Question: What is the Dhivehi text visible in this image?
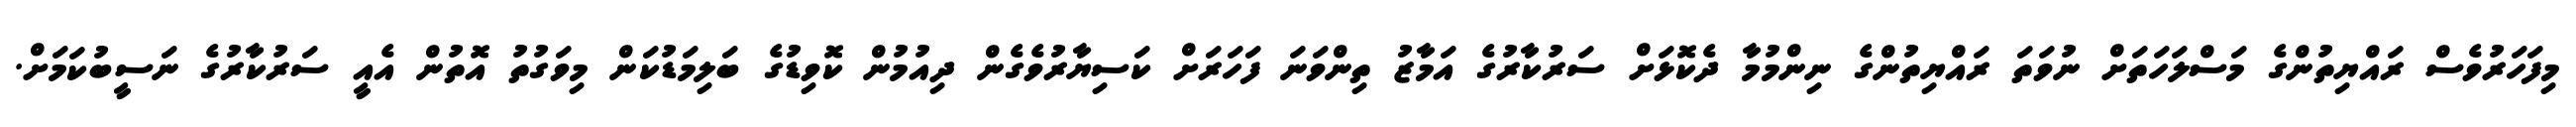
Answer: މިފަހަރުވެސް ރައްޔިތުންގެ މަސްލަހަތަށް ނުވަތަ ރައްޔިތުންގެ ނިންމުމާ ދެކޮޅަށް ސަރުކާރުގެ އަމާޒު ތިންވަނަ ފަހަރަށް ކަސިޔާރުވެގެން ދިއުމުން ކޮވިޑުގެ ބަލިމަޑުކަން މިވަގުތު އޮތުން އެއީ ސަރުކާރުގެ ނަސީބުކަމަށް.